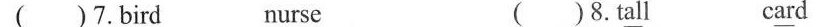
( )7.B\underline{ir}d n\underline{ur}se ( ) 8.T\underline{al}l c\underline{ar}d